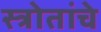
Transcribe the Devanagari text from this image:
स्त्रोतांचे